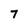
Character: 7